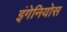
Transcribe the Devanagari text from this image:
इंगेनियोस